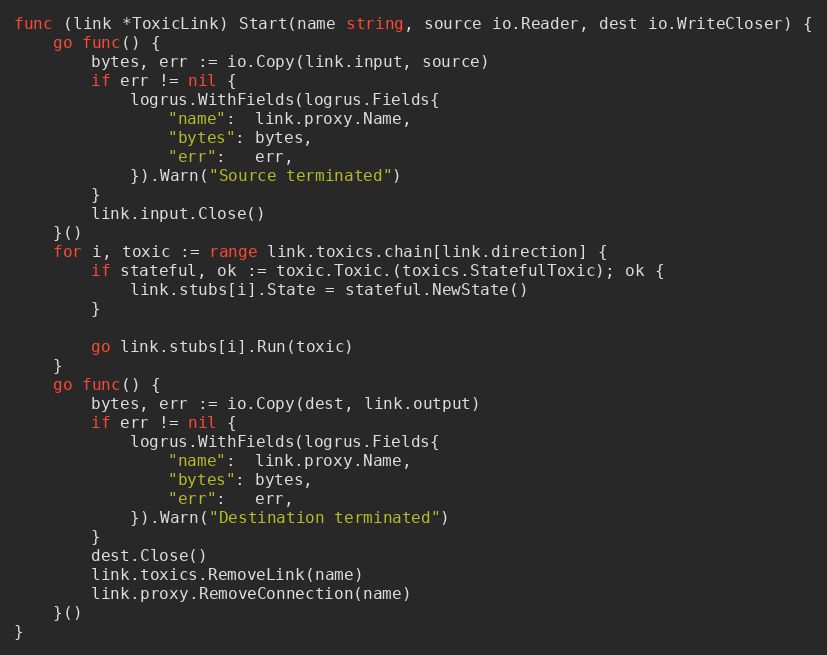
Language: Go
func (link *ToxicLink) Start(name string, source io.Reader, dest io.WriteCloser) {
	go func() {
		bytes, err := io.Copy(link.input, source)
		if err != nil {
			logrus.WithFields(logrus.Fields{
				"name":  link.proxy.Name,
				"bytes": bytes,
				"err":   err,
			}).Warn("Source terminated")
		}
		link.input.Close()
	}()
	for i, toxic := range link.toxics.chain[link.direction] {
		if stateful, ok := toxic.Toxic.(toxics.StatefulToxic); ok {
			link.stubs[i].State = stateful.NewState()
		}

		go link.stubs[i].Run(toxic)
	}
	go func() {
		bytes, err := io.Copy(dest, link.output)
		if err != nil {
			logrus.WithFields(logrus.Fields{
				"name":  link.proxy.Name,
				"bytes": bytes,
				"err":   err,
			}).Warn("Destination terminated")
		}
		dest.Close()
		link.toxics.RemoveLink(name)
		link.proxy.RemoveConnection(name)
	}()
}